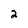
Character: 2